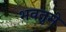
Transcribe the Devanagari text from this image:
भवतुमे